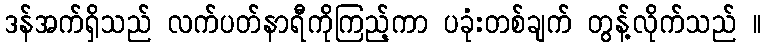
ဒန်အက်ရှိသည် လက်ပတ်နာရီကိုကြည့်ကာ ပခုံးတစ်ချက် တွန့်လိုက်သည် ။